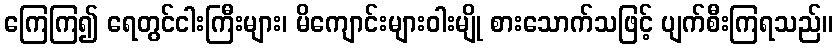
ကြေကြ၍ ရေတွင်ငါးကြီးများ၊ မိကျောင်းများဝါးမျို စားသောက်သဖြင့် ပျက်စီးကြရသည်။